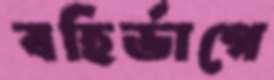
বহির্ভাগে